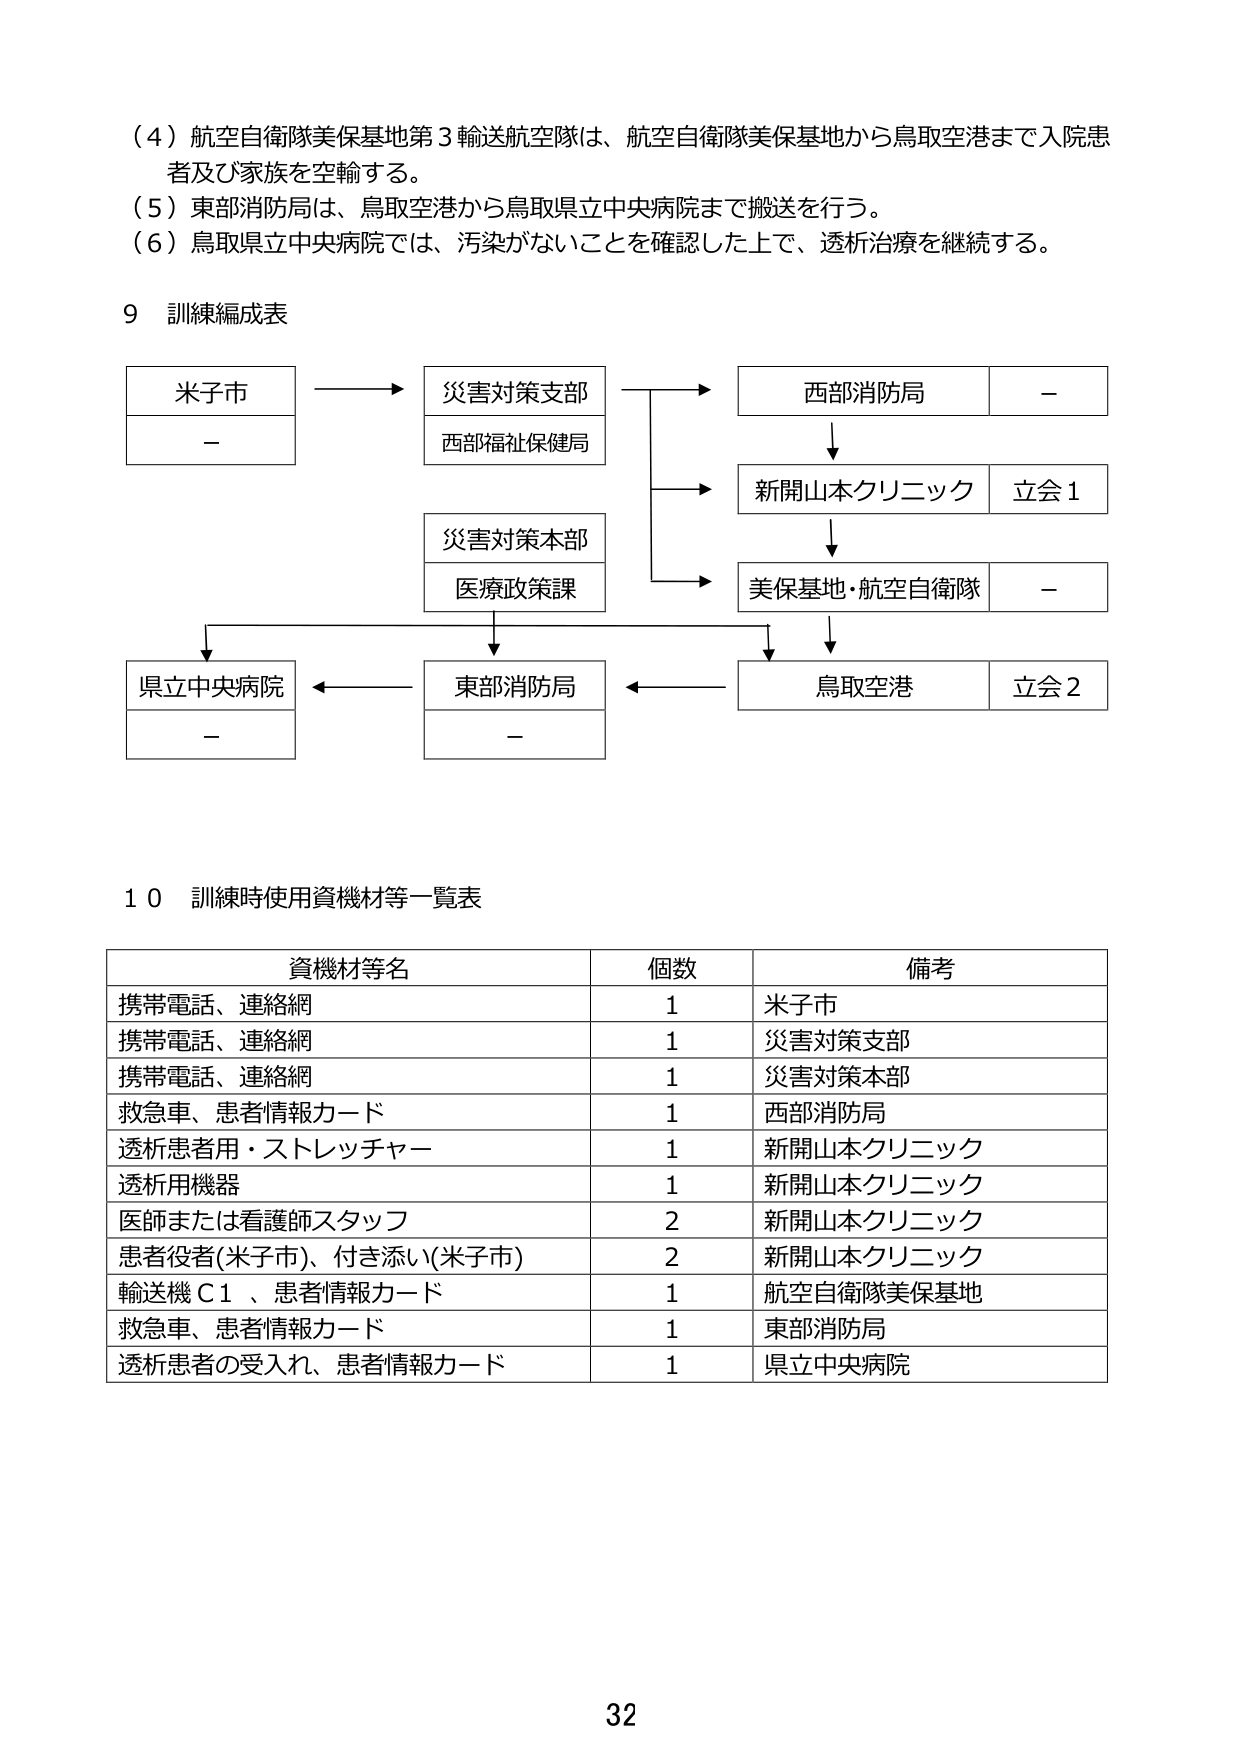
（４）航空自衛隊美保基地第３輸送航空隊は、航空自衛隊美保基地から鳥取空港まで入院患者及び家族を空輸する。
（５）東部消防局は、鳥取空港から鳥取県立中央病院まで搬送を行う。
（６）鳥取県立中央病院では、汚染がないことを確認した上で、透析治療を継続する。

９ 訓練編成表

米子市
－

災害対策支部
西部福祉保健局

災害対策本部
医療政策課

西部消防局
－

新開山本クリニック
立会１

美保基地・航空自衛隊
－

県立中央病院
－

東部消防局
－

鳥取空港
立会２

１０ 訓練時使用資機材等一覧表

資機材等名　　　　　　　　　個数　　　　　備考
携帯電話、連絡網　　　　　　　１　　　　　米子市
携帯電話、連絡網　　　　　　　１　　　　　災害対策支部
携帯電話、連絡網　　　　　　　１　　　　　災害対策本部
救急車、患者情報カード　　　　１　　　　　西部消防局
透析患者用・ストレッチャー　　１　　　　　新開山本クリニック
透析用機器　　　　　　　　　　１　　　　　新開山本クリニック
医師または看護師スタッフ　　　２　　　　　新開山本クリニック
患者役者(米子市)、付き添い(米子市)　２　　　新開山本クリニック
輸送機Ｃ１、患者情報カード　　１　　　　　航空自衛隊美保基地
救急車、患者情報カード　　　　１　　　　　東部消防局
透析患者の受入れ、患者情報カード　１　　　県立中央病院

32